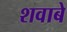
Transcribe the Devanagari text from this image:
शवाबे